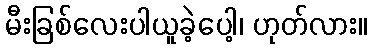
မီးခြစ်လေးပါယူခဲ့ပေါ့၊ ဟုတ်လား။